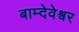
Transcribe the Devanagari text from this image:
बाम्देवेश्वर